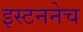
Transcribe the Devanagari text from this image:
इस्टननेच